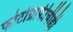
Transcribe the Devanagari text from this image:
फोटोग्राफीचीही